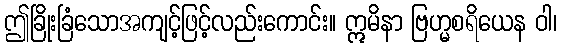
ဤခြိုးခြံသောအကျင့်ဖြင့်လည်းကောင်း။ ဣမိနာ ဗြဟ္မစရိယေန ဝါ၊